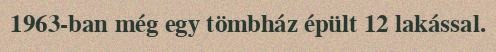
1963-ban még egy tömbház épült 12 lakással.